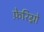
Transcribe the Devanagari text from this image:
फ़ेरिग्नो